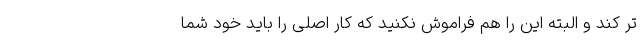
تر کند و البته این را هم فراموش نکنید که کار اصلی را باید خود شما